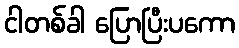
ငါတစ်ခါ ပြောပြီးပကော